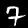
Label: 7